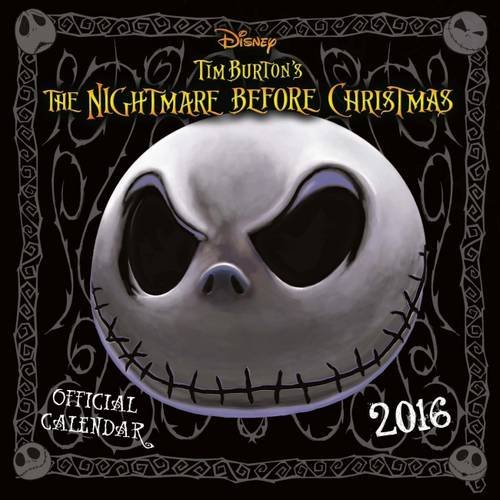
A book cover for The Official Nightmare Before Christmas 2016 Square Calendar; Calendars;